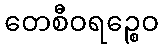
တေစီဝရဉ္စေဝ